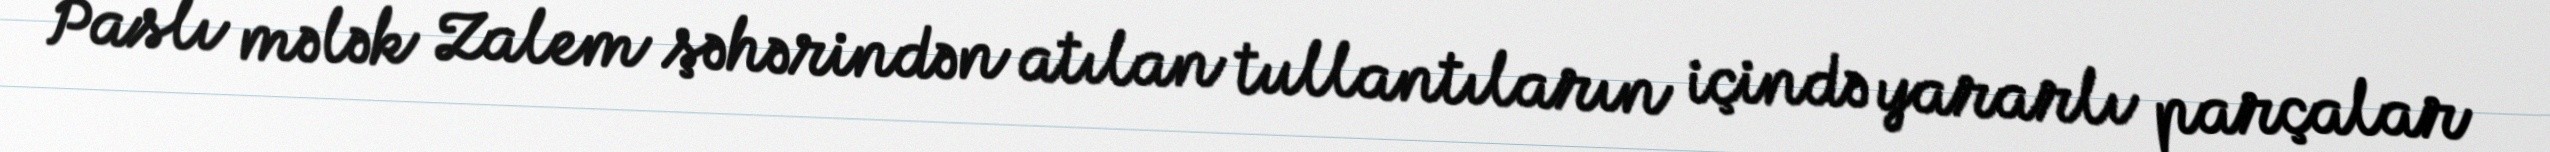
Paslı mələk Zalem şəhərindən atılan tullantıların içində yararlı parçalar